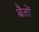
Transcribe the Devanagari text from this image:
बैतों